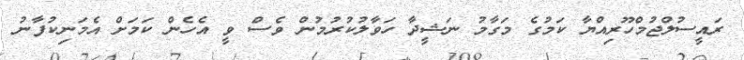
ރައީސުލްޖުމްހޫރިއްޔާ ކަމުގެ މަގާމު ނަޝީދާ ހަވާލުކުރުމުން ވެސް ވީ އެހެން ކަމަށް އެމަނިކުފާނު